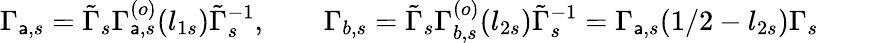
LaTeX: \Gamma_{\mathsf{a},s}=\tilde{{\Gamma}}_{s}\Gamma_{\mathsf{a},s}^{(o)}(l_{1s})\tilde{{\Gamma}}_{s}^{-1},\qquad\Gamma_{b,s}=\tilde{{\Gamma}}_{s}\Gamma_{b,s}^{(o)}(l_{2s})\tilde{{\Gamma}}_{s}^{-1}=\Gamma_{\mathsf{a},s}({1/2}-l_{2s})\Gamma_{s}\qquad